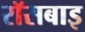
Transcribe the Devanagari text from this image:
रॉसबाइ